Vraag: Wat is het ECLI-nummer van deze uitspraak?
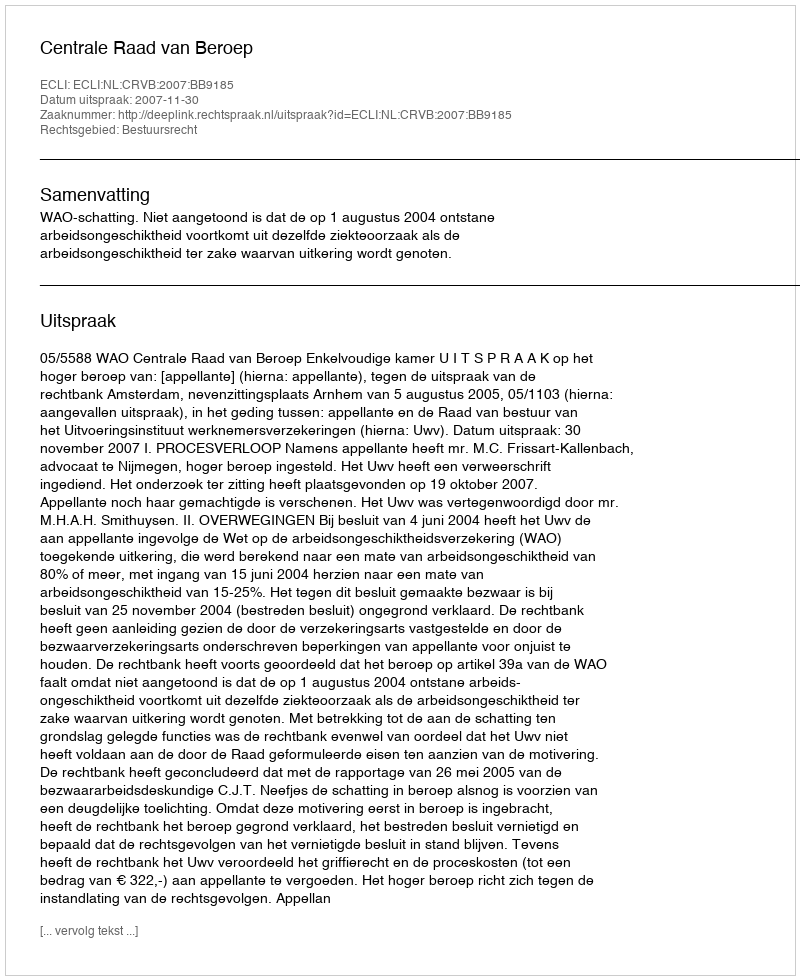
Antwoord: ECLI:NL:CRVB:2007:BB9185